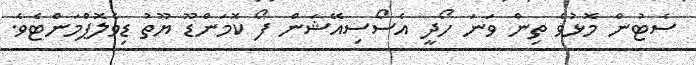
ސެޓުން މޮޅުވެ ތިން ވަނަ ހޯދީ އެސޯސިއޭޝަން ފޯ ކޮމަންޑޫ ޔޫތު ޑިވެލޮޕްމަންޓެވެ.